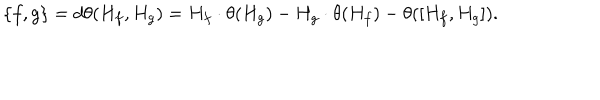
LaTeX: \{ f , g \} = d \theta ( H _ { f } , H _ { g } ) = H _ { f } \cdot \theta ( H _ { g } ) - H _ { g } \cdot \theta ( H _ { f } ) - \theta ( [ H _ { f } , H _ { g } ] ) .